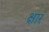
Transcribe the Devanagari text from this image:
क्षारं